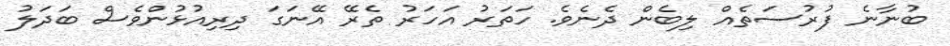
ބުނާނެ ފުރުސަތެއް ލިބެން ދެނެވެ. ހަތަރު އަހަރު ތެރޭ އޭނަގަ ދިރިއުޅުންވެސް ބަދަލު